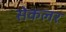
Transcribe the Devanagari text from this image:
सेकलर